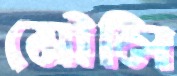
মৌলি